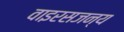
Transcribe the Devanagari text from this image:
वाइरसजन्य